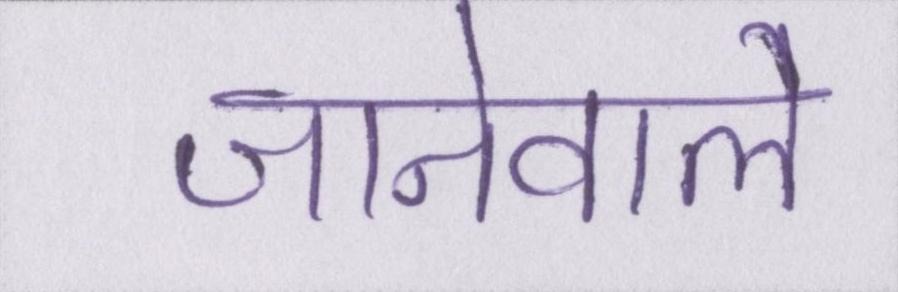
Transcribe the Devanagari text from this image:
जानेवाले